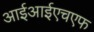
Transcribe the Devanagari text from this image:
आईआईएचएफ